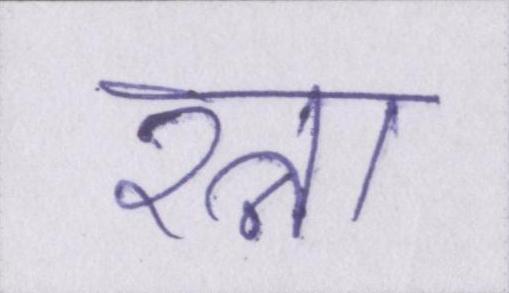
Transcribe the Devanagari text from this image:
रत्ना